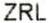
ZRL